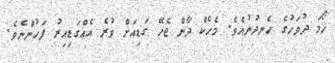
ހޯމަ ދުވަހުގެ ހެނދުނުއެވެ. މެހެކް ދާން ޖެހޭ ގަޑިއަށް ވުރެ އެއްގަޑިއިރު ފަހުންނެވެ.